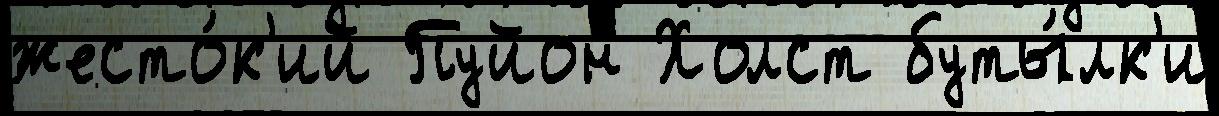
жесто́к'ий Пуйон Холст буты́лк'и